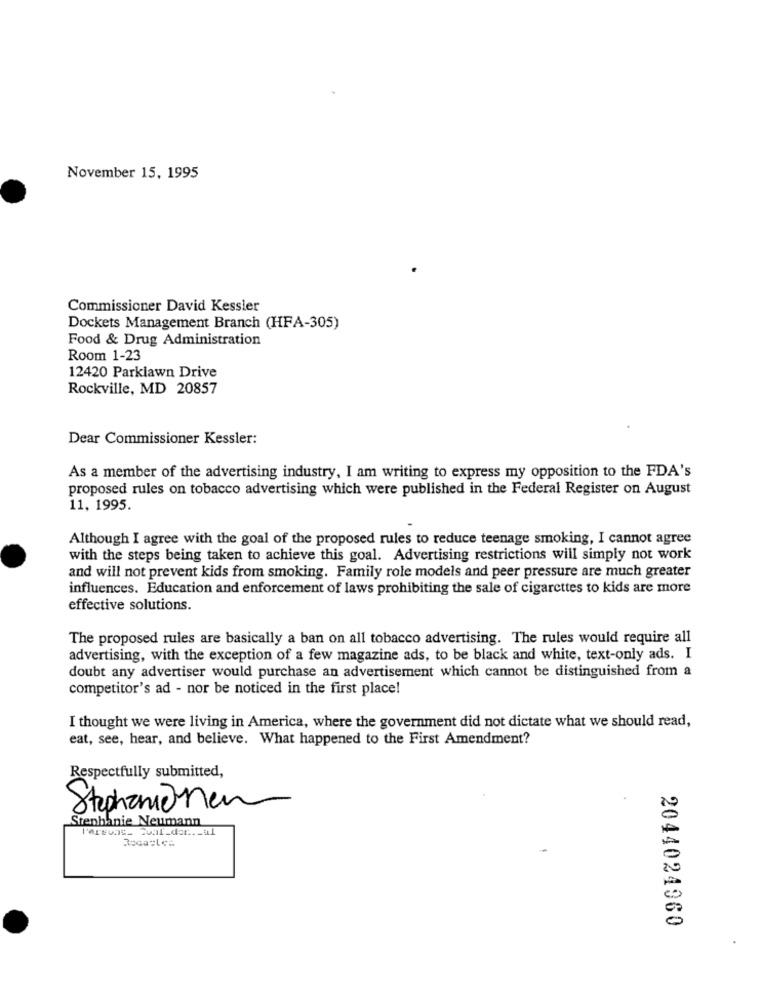
November 15, 1995
Commissioner David Kessler
Dockets Management Branch (HFA-305)
Food & Drug Administration
Room 1-23
12420 Parklawn Drive
Rockville, MD 20857
Dear Commissioner Kessler:
As a member of the advertising industry, I am writing to express my opposition to the FDA's
proposed rules on tobacco advertising which were published in the Federal Register on August
11, 1995.
Although I agree with the goal of the proposed rules to reduce teenage smoking, I cannot agree
with the steps being taken to achieve this goal. Advertising restrictions will simply not work
and will not prevent kids from smoking. Family role models and peer pressure are much greater
influences. Education and enforcement of laws prohibiting the sale of cigarettes to kids are more
effective solutions.
The proposed rules are basically a ban on all tobacco advertising. The rules would require all
advertising, with the exception of a few magazine ads, to be black and white, text-only ads. I
doubt any advertiser would purchase an advertisement which cannot be distinguished from a
competitor's ad - nor be noticed in the first place!
I thought we were living in America, where the government did not dictate what we should read,
eat, see, hear, and believe. What happened to the First Amendment?
Respectfully submitted,
Stephanonen
Stephanie Neumann
Roca:les
2044024960